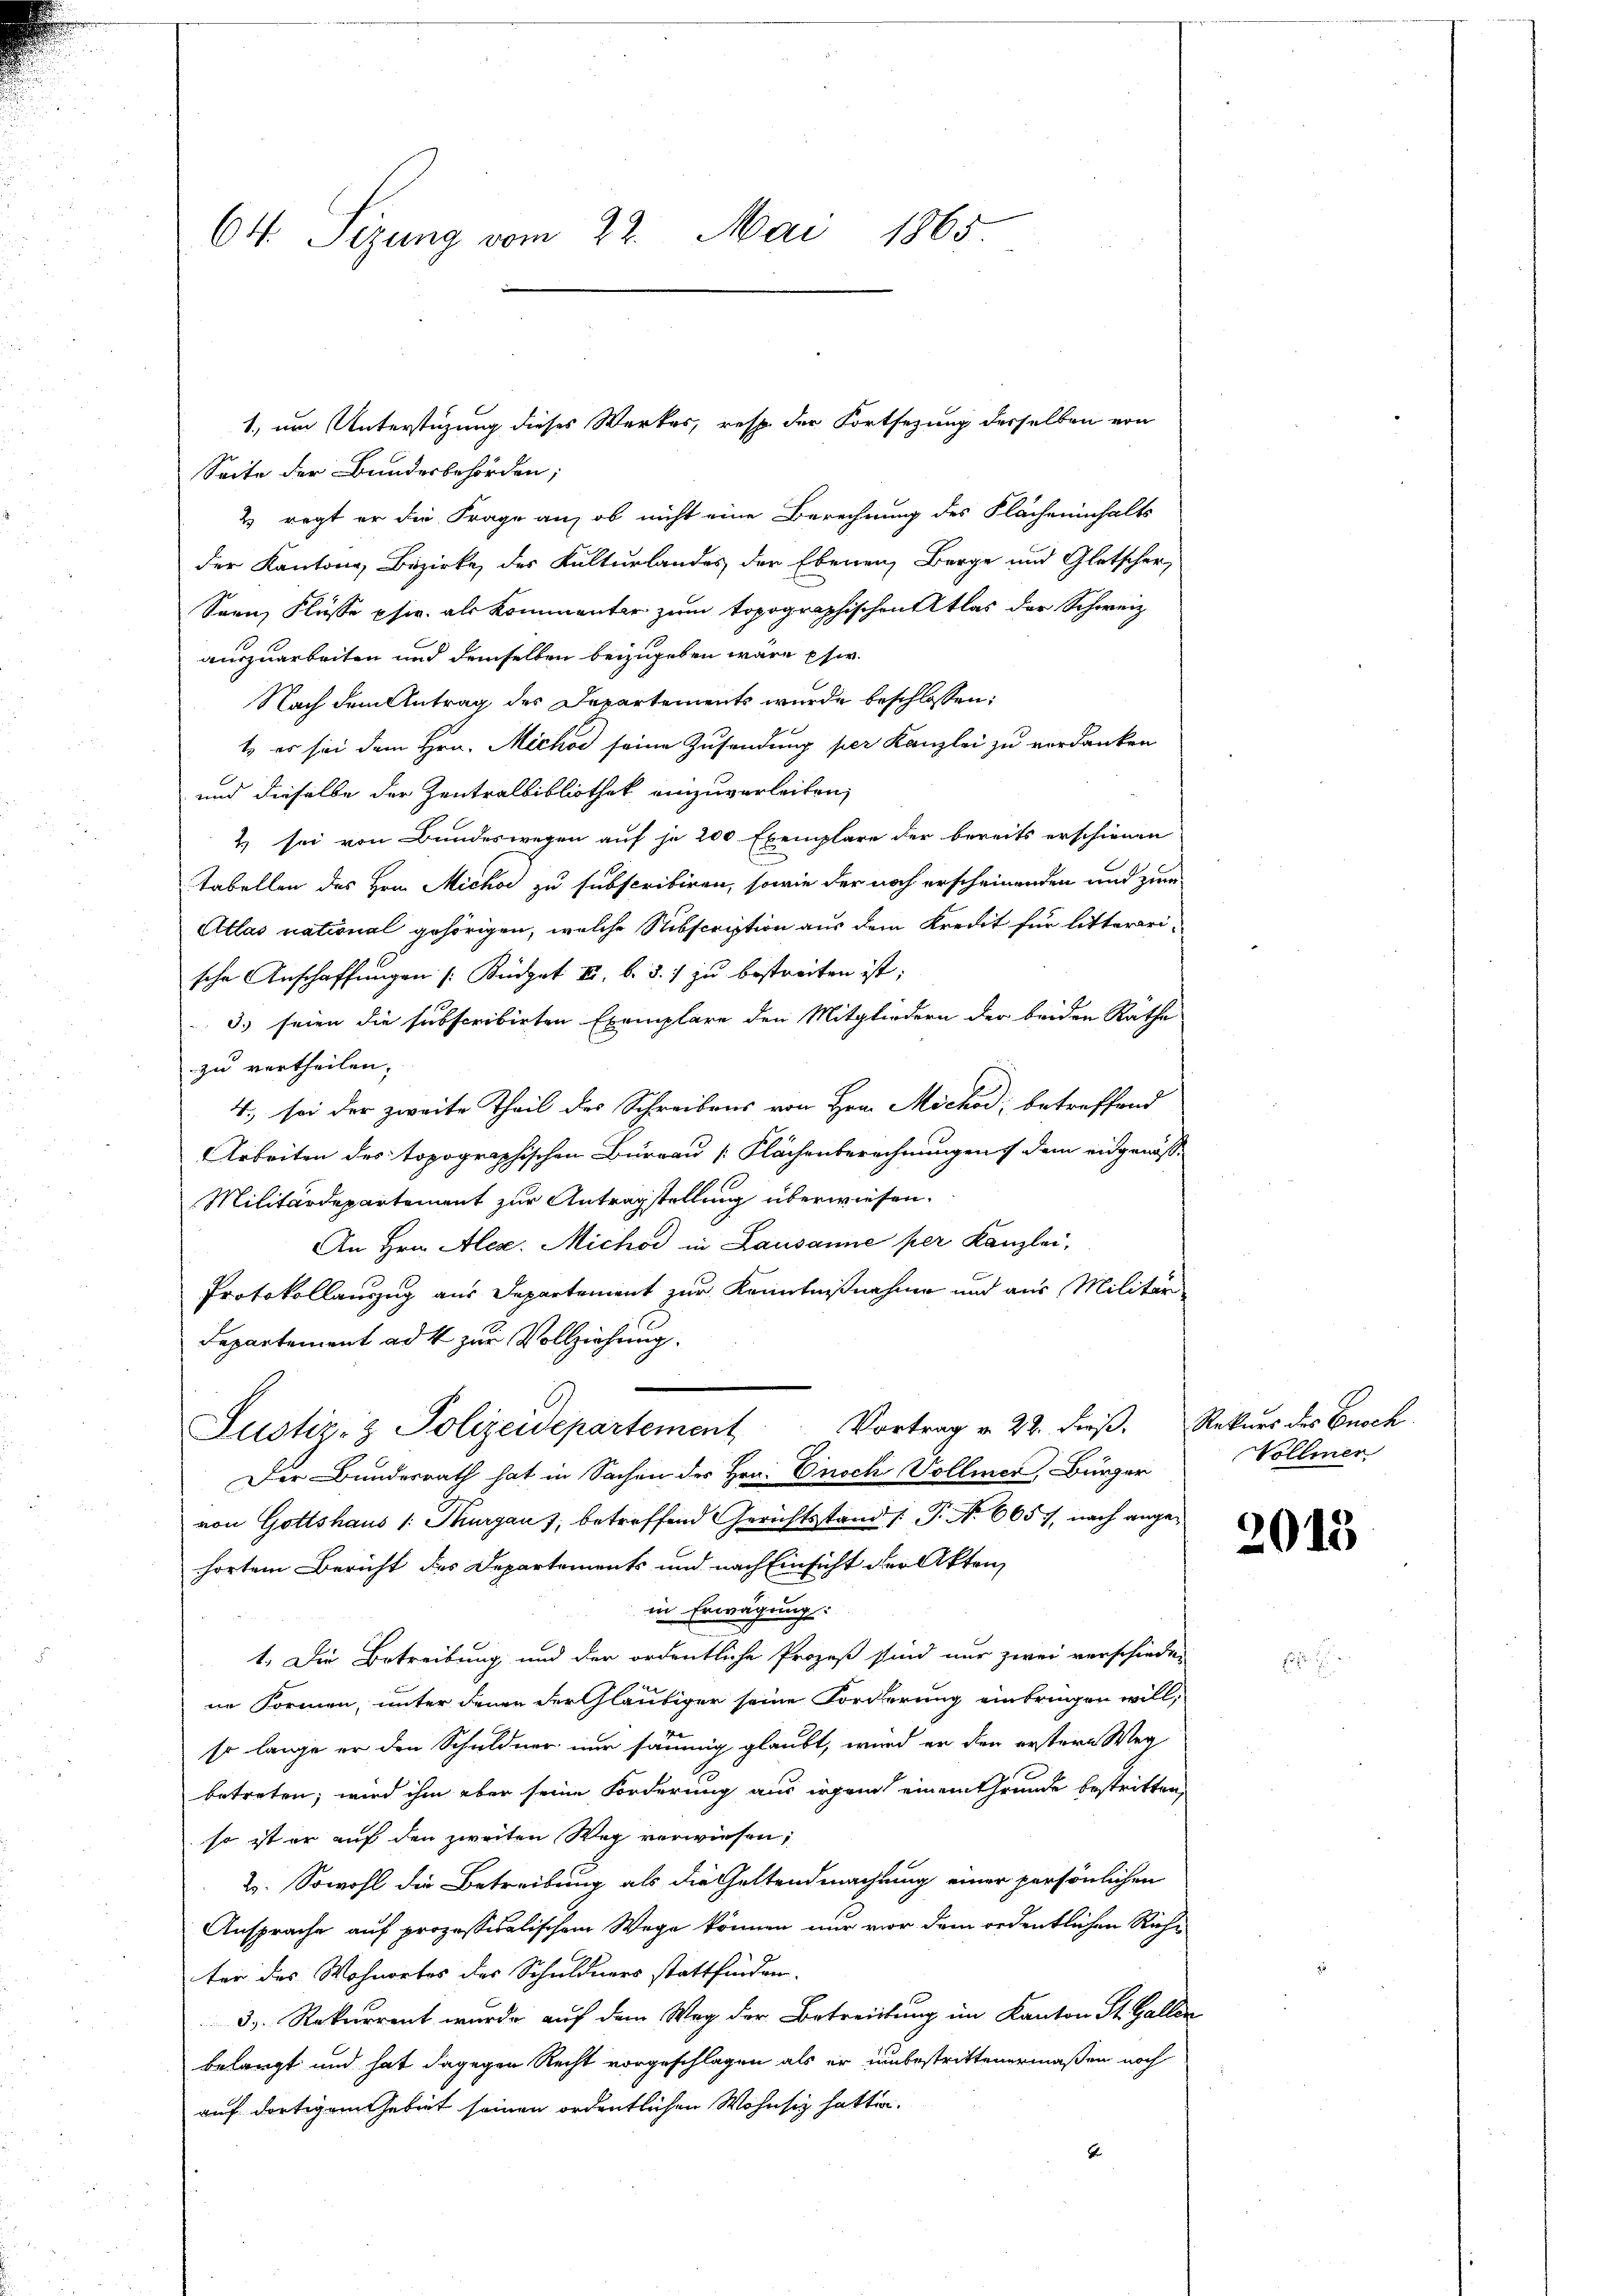
64. Sizung vom 22. Mai 1865.

Seite der Bundesbehörden,
2 regt er die Frage an, ob nicht eine Berechnung des Flächeninhalts
der Kantone, Bezirke, der Kulturlandes der Ebenen Berge und Gletscher
Saan Flüsse phie als Kommenter zum topographischen Atlas der Schweiz
auszuarbeiten und demselben beizugeben wäre eser
Nach dem Antrag des Departements wurde beschlossen:
t es sei dem Hrn. Michod seine Zusendung per Kanzlei zu verdanken
und dieselbe der Zentralbibliothek einzuverleiten,
2) sei von Bundeswegen auf je 200 Exemplare der bereits erschienen
Tabellen des Hrn. Michor zu subscribiren, sowie der noch erscheinenden und zum
Atlas national gehörigen, welche Subscription aus dem Kredit für littererische Anschaffungen /: Budget u. b. d. 1 zu bestreiten ist;
3. seien die subscribirten Exemplare den Mitgliedern der beiden Räthe
zu vertheilen,
4., sei der zweite Theil des Schreibens von Hrn. Michod; betreffend
Arbeiten des topographischen Büreau [Klächenberechnungen dem eidgenös¬
Militärdepartement zur Antragstellung überwiesen.
An Hrn. Alex. Michor in Lausanne per Kanzlei,
Protokollauszug aus Departement zur Kenntnißnahme und aus Militär
Departement ad 4 zur Vollziehung.
Justiz- & Polizeidepartement Vortrag v. 22. dieβ.  Rekurs des Busch.
Der Bundesrath hat in Sachen des Hrn. Einsch Vollmer, Bürger
von Gottshaus 1: Thurgaus, betreffend Gerichtsstand /: P. No 665, nach angehörtem Bericht des Departements und nach Einsicht der Akten
in Erwägung:
1. Die Betreibung und der ordentliche Prozeß sind nur zwei verschieden
ne Formen, unter denen der Gläubiger seine Forderung einbringen will,
so lange er den Schuldner nur säumig glaubt, wird er den erstern Weg
betreten, wird ihm aber seine Forderung aus irgen einem Grunde bestritten,
so ist er auf den zweiten Weg verwiesen;
2. Sowohl die Betreibung als die Geltendmachtung einer persönlichen
Ansprache auf prozessivalischem Wege können nur vor dem ordentlichen Richter des Wohnortes der Schuldners stattfinden.
3. Rekurrent wurde auf dem Weg der Betreitung im Kanton St. Galler
belangt und hat dagegen Recht vorgeschlagen als er unbestrittenermaßen noch
auf dortigem Gebiet seinen ordentlichen Wohnsiz hatten.
be

1. um Unterstüzung dieses Werkes, resp. der Fortsetzung desselben von

Vollmer

2013